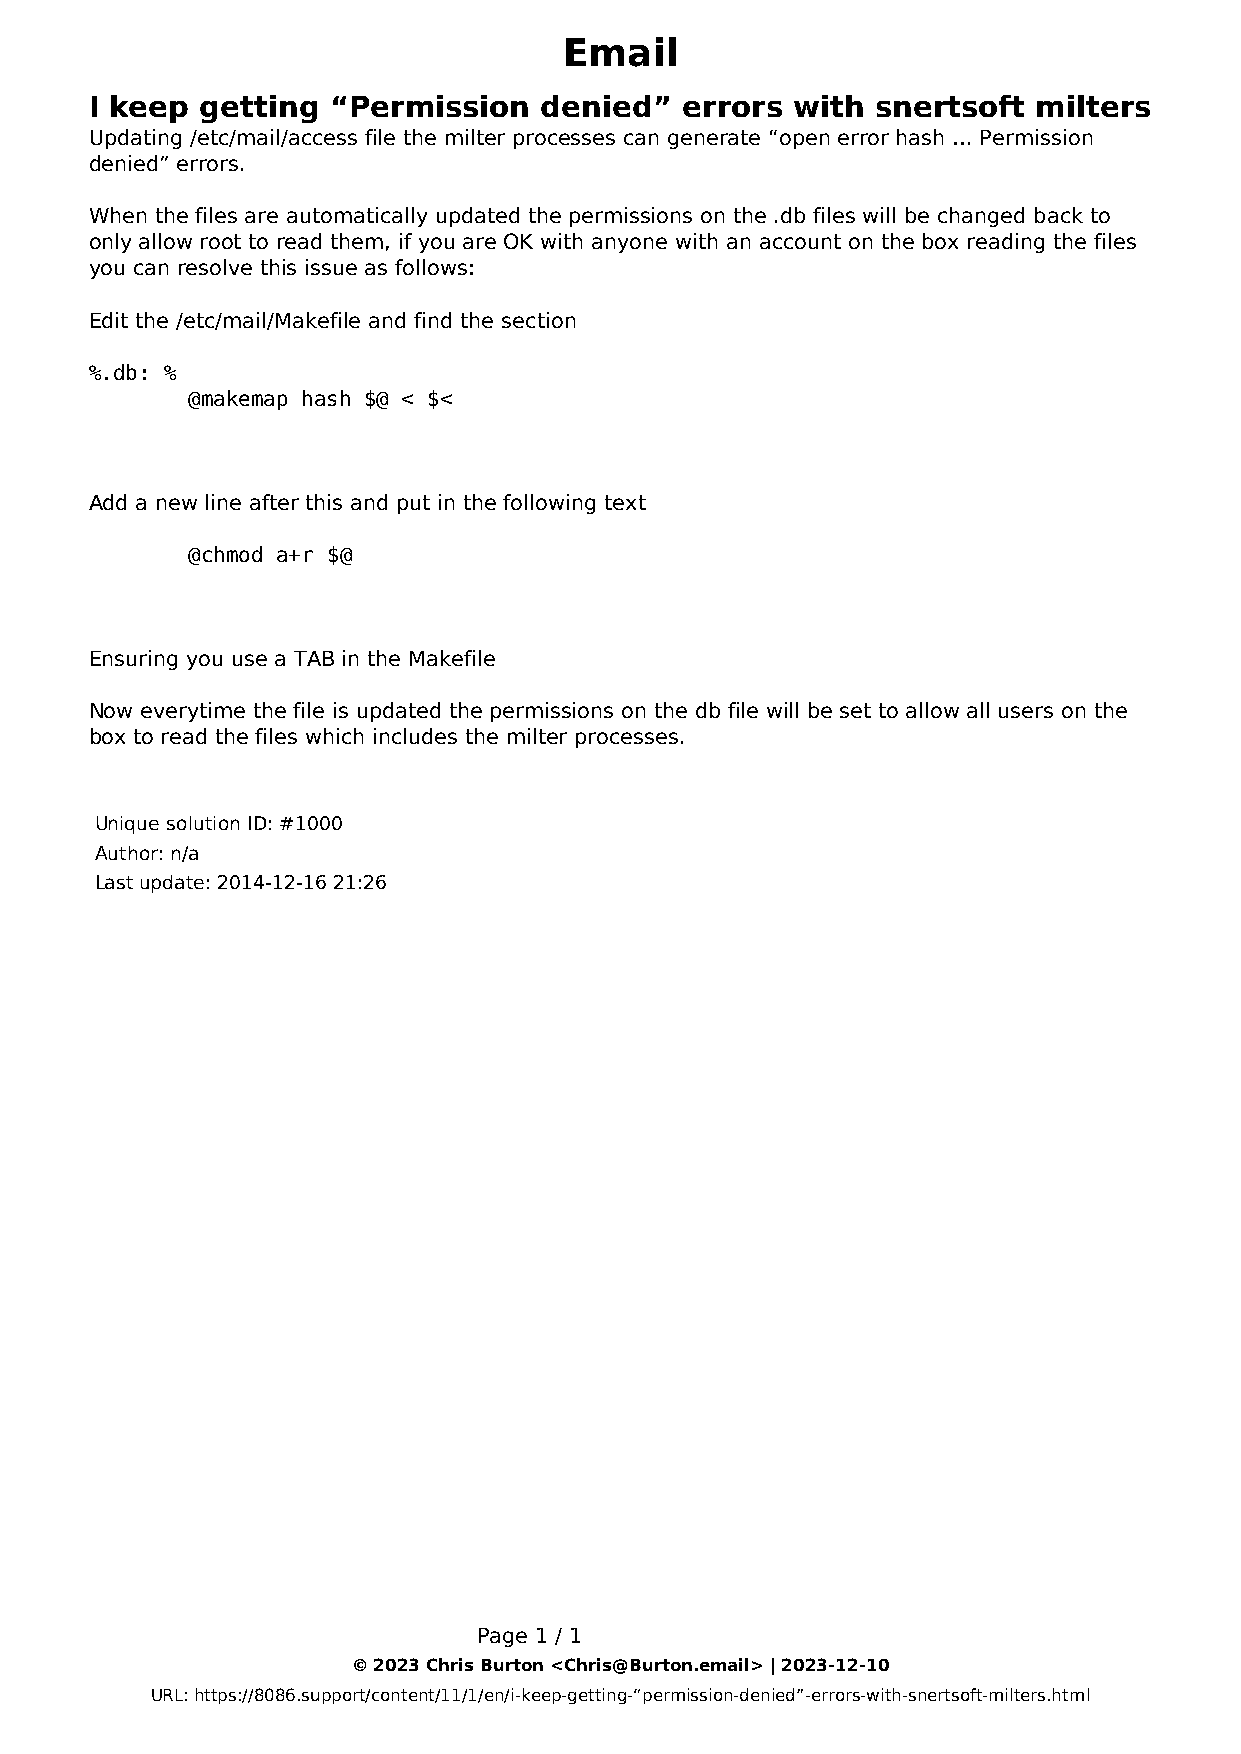
Email
 I keep getting  “Permission   denied”  errors with  snertsoft  milters
 Updating /etc/mail/access file the milter processes can generate “open error hash … Permission
 denied” errors.
 When the files are automatically updated the permissions on the .db files will be changed back to
 only allow root to read them, if you are OK with anyone with an account on the box reading the files
 you can resolve this issue as follows:
 Edit the /etc/mail/Makefile and find the section
 %.db: %
 @makemap hash $@ < $<
 Add a new line after this and put in the following text
 @chmod a+r $@
 Ensuring you use a TAB in the Makefile
 Now everytime the file is updated the permissions on the db file will be set to allow all users on the
 box to read the files which includes the milter processes.
 Unique solution ID: #1000
 Author: n/a
 Last update: 2014-12-16 21:26
 Page 1 / 1
 © 2023 Chris Burton <Chris@Burton.email> | 2023-12-10
 URL: https://8086.support/content/11/1/en/i-keep-getting-“permission-denied”-errors-with-snertsoft-milters.html
 Powered by TCPDF (www.tcpdf.org)